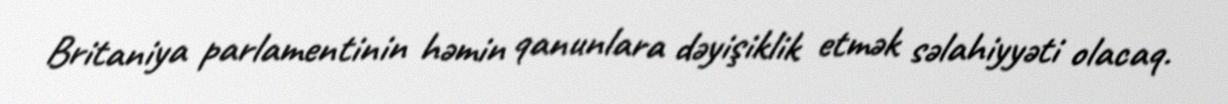
Britaniya parlamentinin həmin qanunlara dəyişiklik etmək səlahiyyəti olacaq.